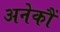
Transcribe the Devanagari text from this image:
अनेकौं